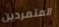
المتمردين